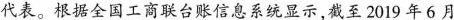
代表。根据全国工商联台账信息系统显示，截至2019年6月